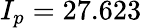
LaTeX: I_{p}=27.623